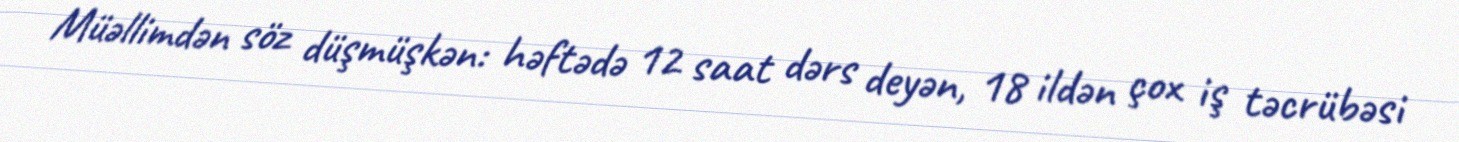
Müəllimdən söz düşmüşkən: həftədə 12 saat dərs deyən, 18 ildən çox iş təcrübəsi